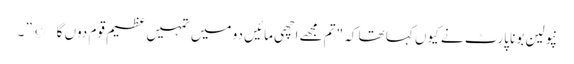
نپولین بونا پارٹ نے کیوں کہا تھا کہ "تم مجھے اچھی مائیں دو میں تمہیں عظیم قوم دوں گا©” ۔